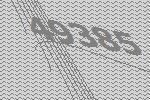
49385